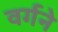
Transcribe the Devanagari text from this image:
वर्गने